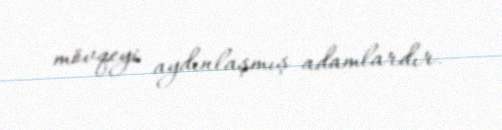
mövqeyi aydınlaşmış adamlardır.